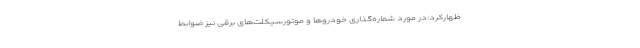
ظهارکرد:‌در مورد شماره‌گذاری خودروها و موتورسیکلت‌های برقی نیز ضوابط